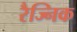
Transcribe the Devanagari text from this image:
रैज्निक